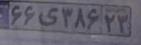
۶۶ی۳۸۶۲۳